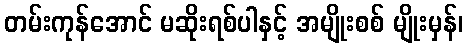
တမ်းကုန်အောင် မဆိုးရစ်ပါနှင့် အမျိုးစစ် မျိုးမှန်၊